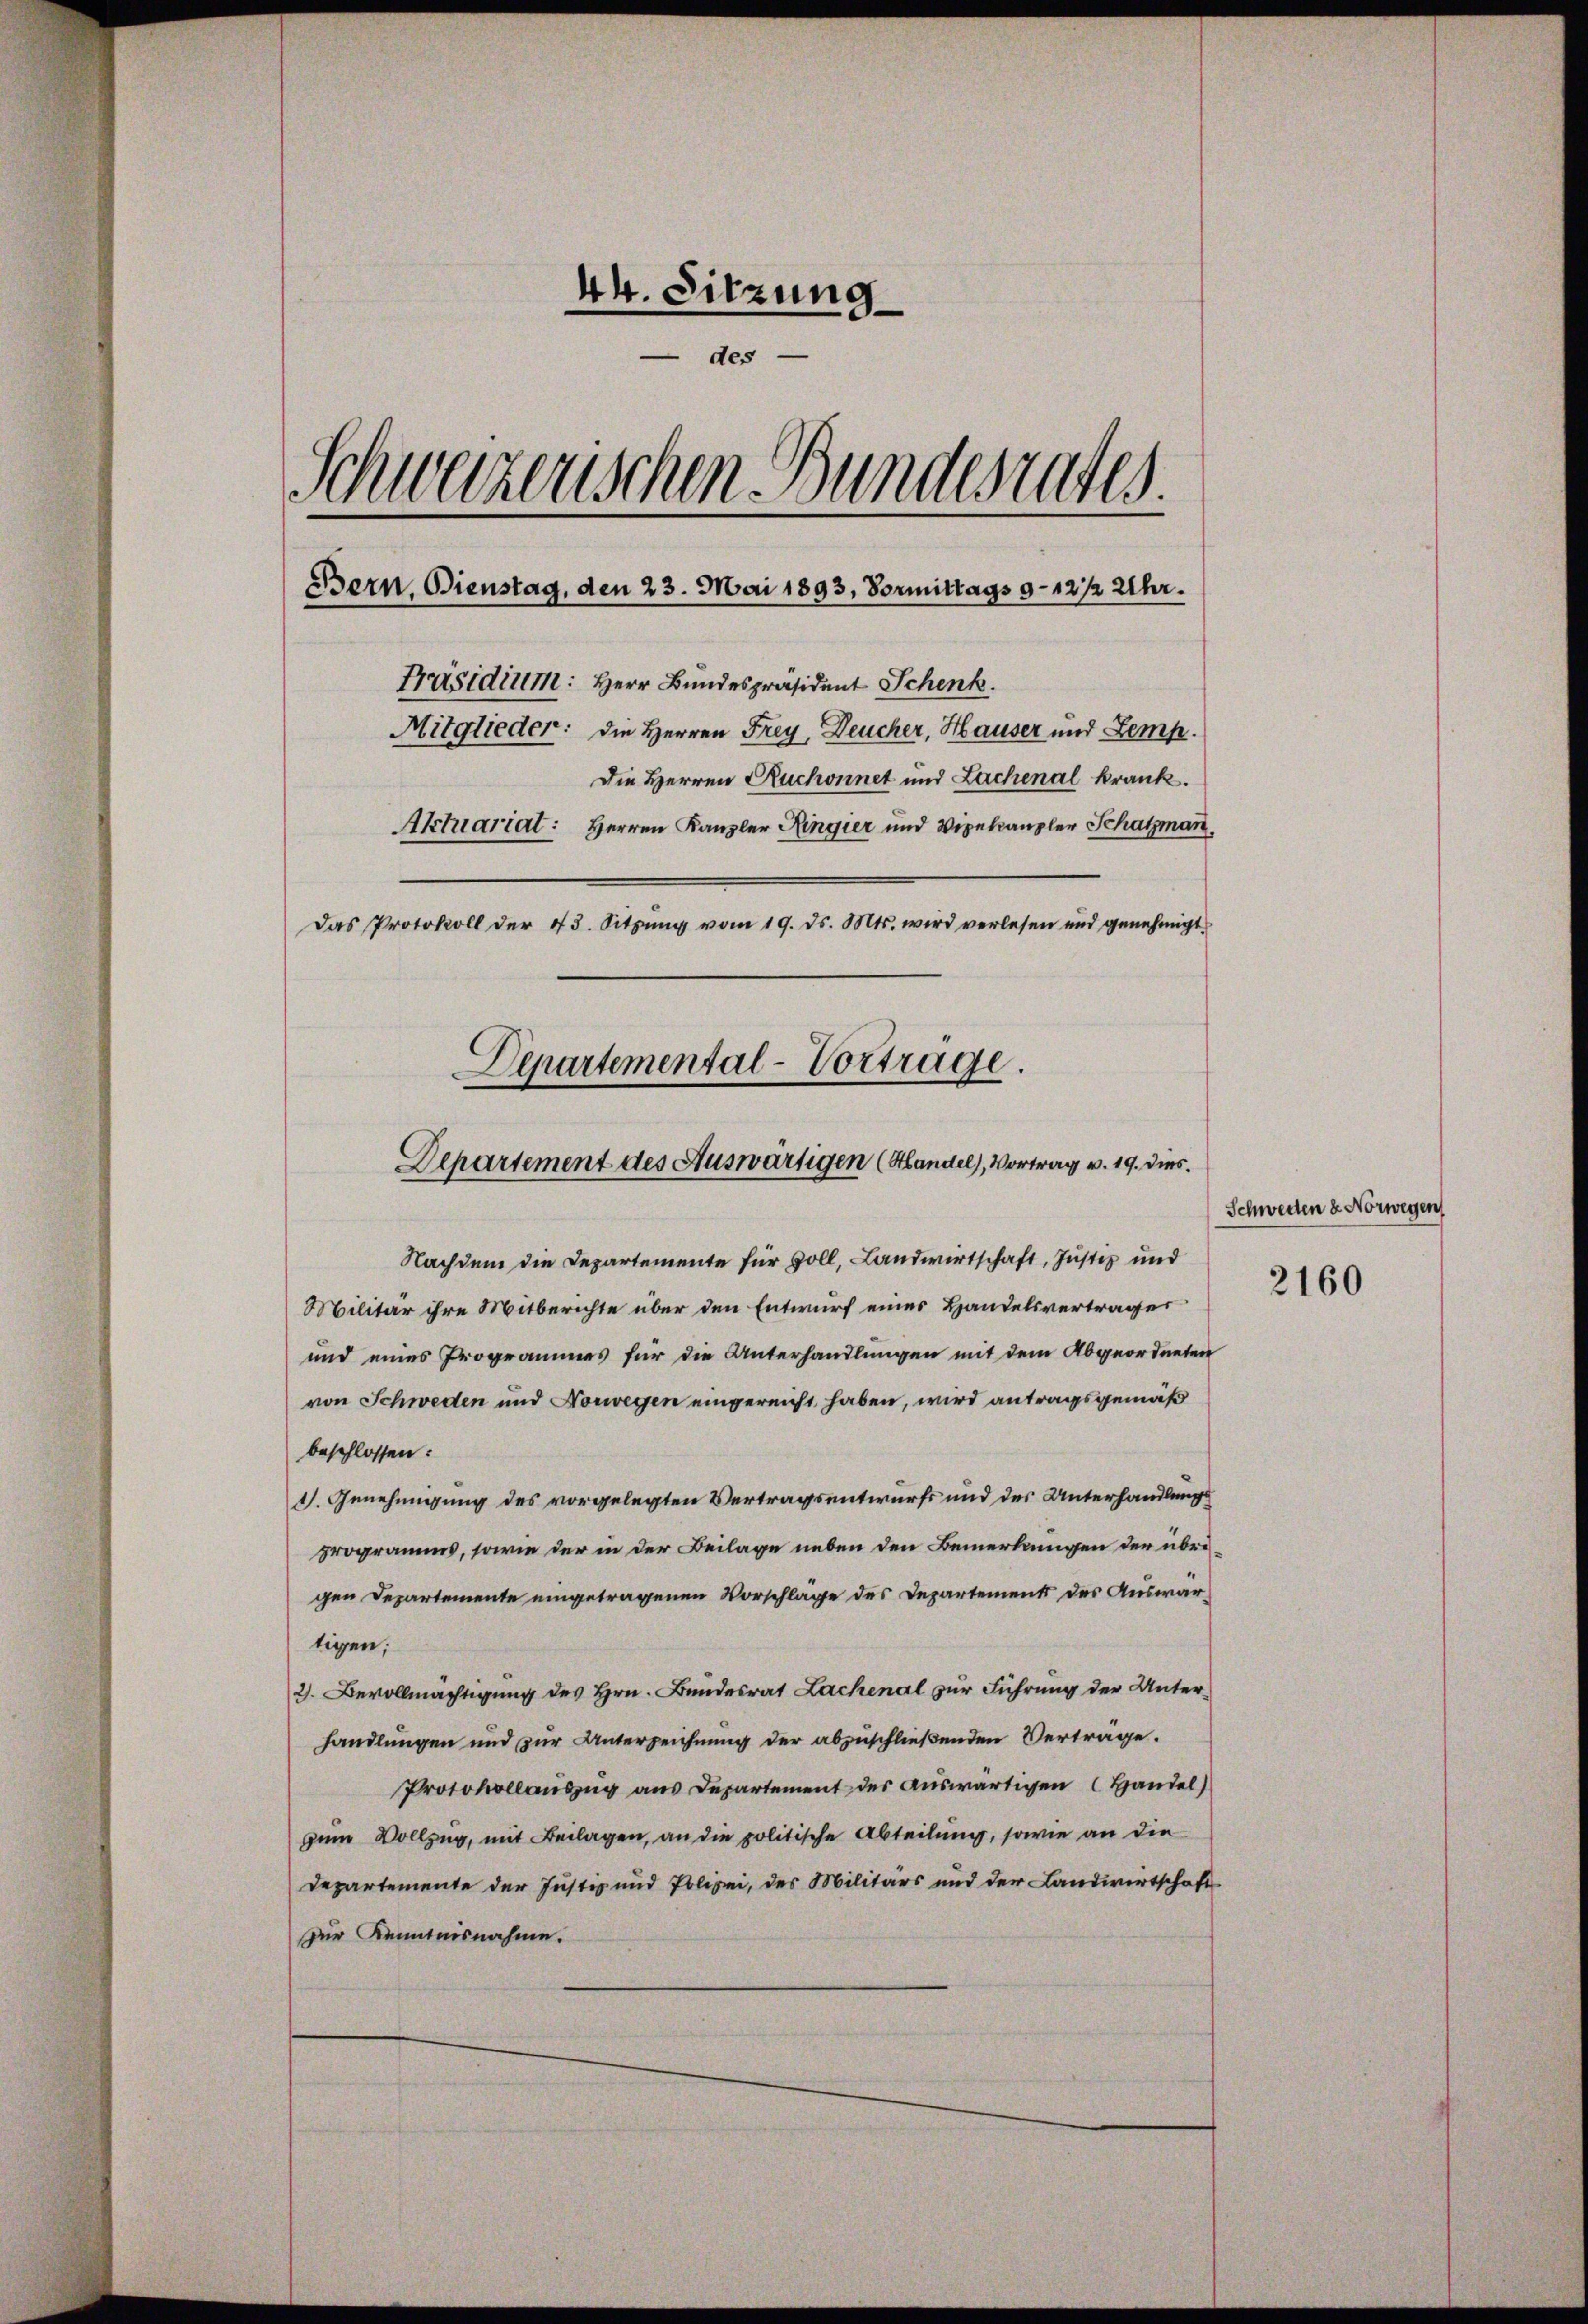
44. Sitzung
— des
Schwarzenschen Bundesrates
Bern, Dienstag, den 23. Mai 1893, Vormittags 9 - 12 1/2 Uhr.
Präsidium: Herr Bundespräsident Schenk.
Mitglieder: die Herren Frey, Deucher, Hauser und Zemp.
Die Herren Ruchonnet und Lachenal krank.
Aktuariat: Herren Kanzler Ringier und Vizekanzler Schatzman
Das Protokoll der 43. Sitzŭng vom 19. ds. Mts. wird verlesen und genehmigt.
Departemental-Vortrage.

Departement des Auswärtigen (Handel, Vortrag v. 19. dies

Nachdem die Departemente für soll, Landwirtschaft, Justiz und
Militär ihre Mitberichte über den Entwurf eines Handelsvertrages
und eines Programmes für die Unterhandlungen mit dem Abgeordneten
von Schweden und Norwegen eingereicht haben, wird antragsgemäß
beschlossen:
1). Genehmigung des vorgelegten Vertragsentwurfs und des Unterhandlungs
programms, sowie der in der Beilage neben den Bemerkungen der übrigen Departemente eingetragenen Vorschläge des Departements des Auswartigen,
2. Bevollmächtigung des Hrn. Bundesrat Lachenal zur Führung der Unterhandlungen und zur Unterzeichnung der abzuschließenden Vertrage.
Protokollauszug aus Departement des auswärtigen Handel)
zum Vollzung, mit Beilagen, an die politische Abteilung, sowie an die
Departemente der Justiz und Polizei, des Militärs und der Landwirtschaft
zur Kenntnisnahme.

Schweden 2. Norwegen
2160